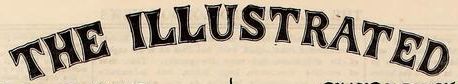
THE ILLUSTRATED